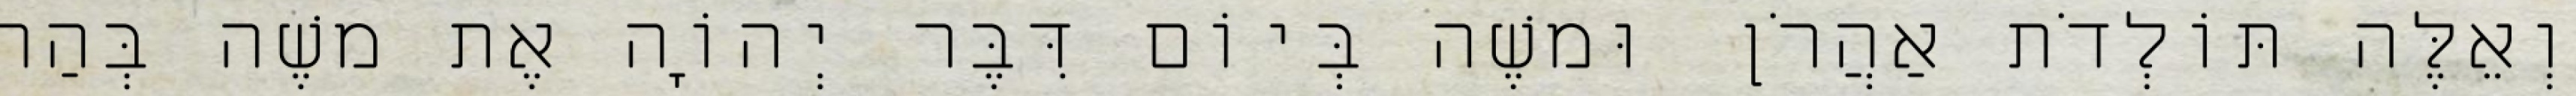
וְאֵלֶּה תּוֹלְדֹת אַהֲרֹן וּמשֶׁה בְּיוֹם דִּבֶּר יְהוָֹה אֶת משֶׁה בְּהַר